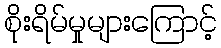
စိုးရိမ်မှုများကြောင့်